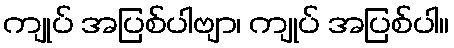
ကျုပ် အပြစ်ပါဗျာ၊ ကျုပ် အပြစ်ပါ။